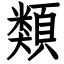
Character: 類